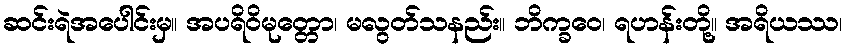
ဆင်းရဲအပေါင်းမှ။ အပရိဝိမုတ္တော၊ မလွတ်သနည်း။ ဘိက္ခဝေ၊ ရဟန်းတို့။ အရိယဿ၊